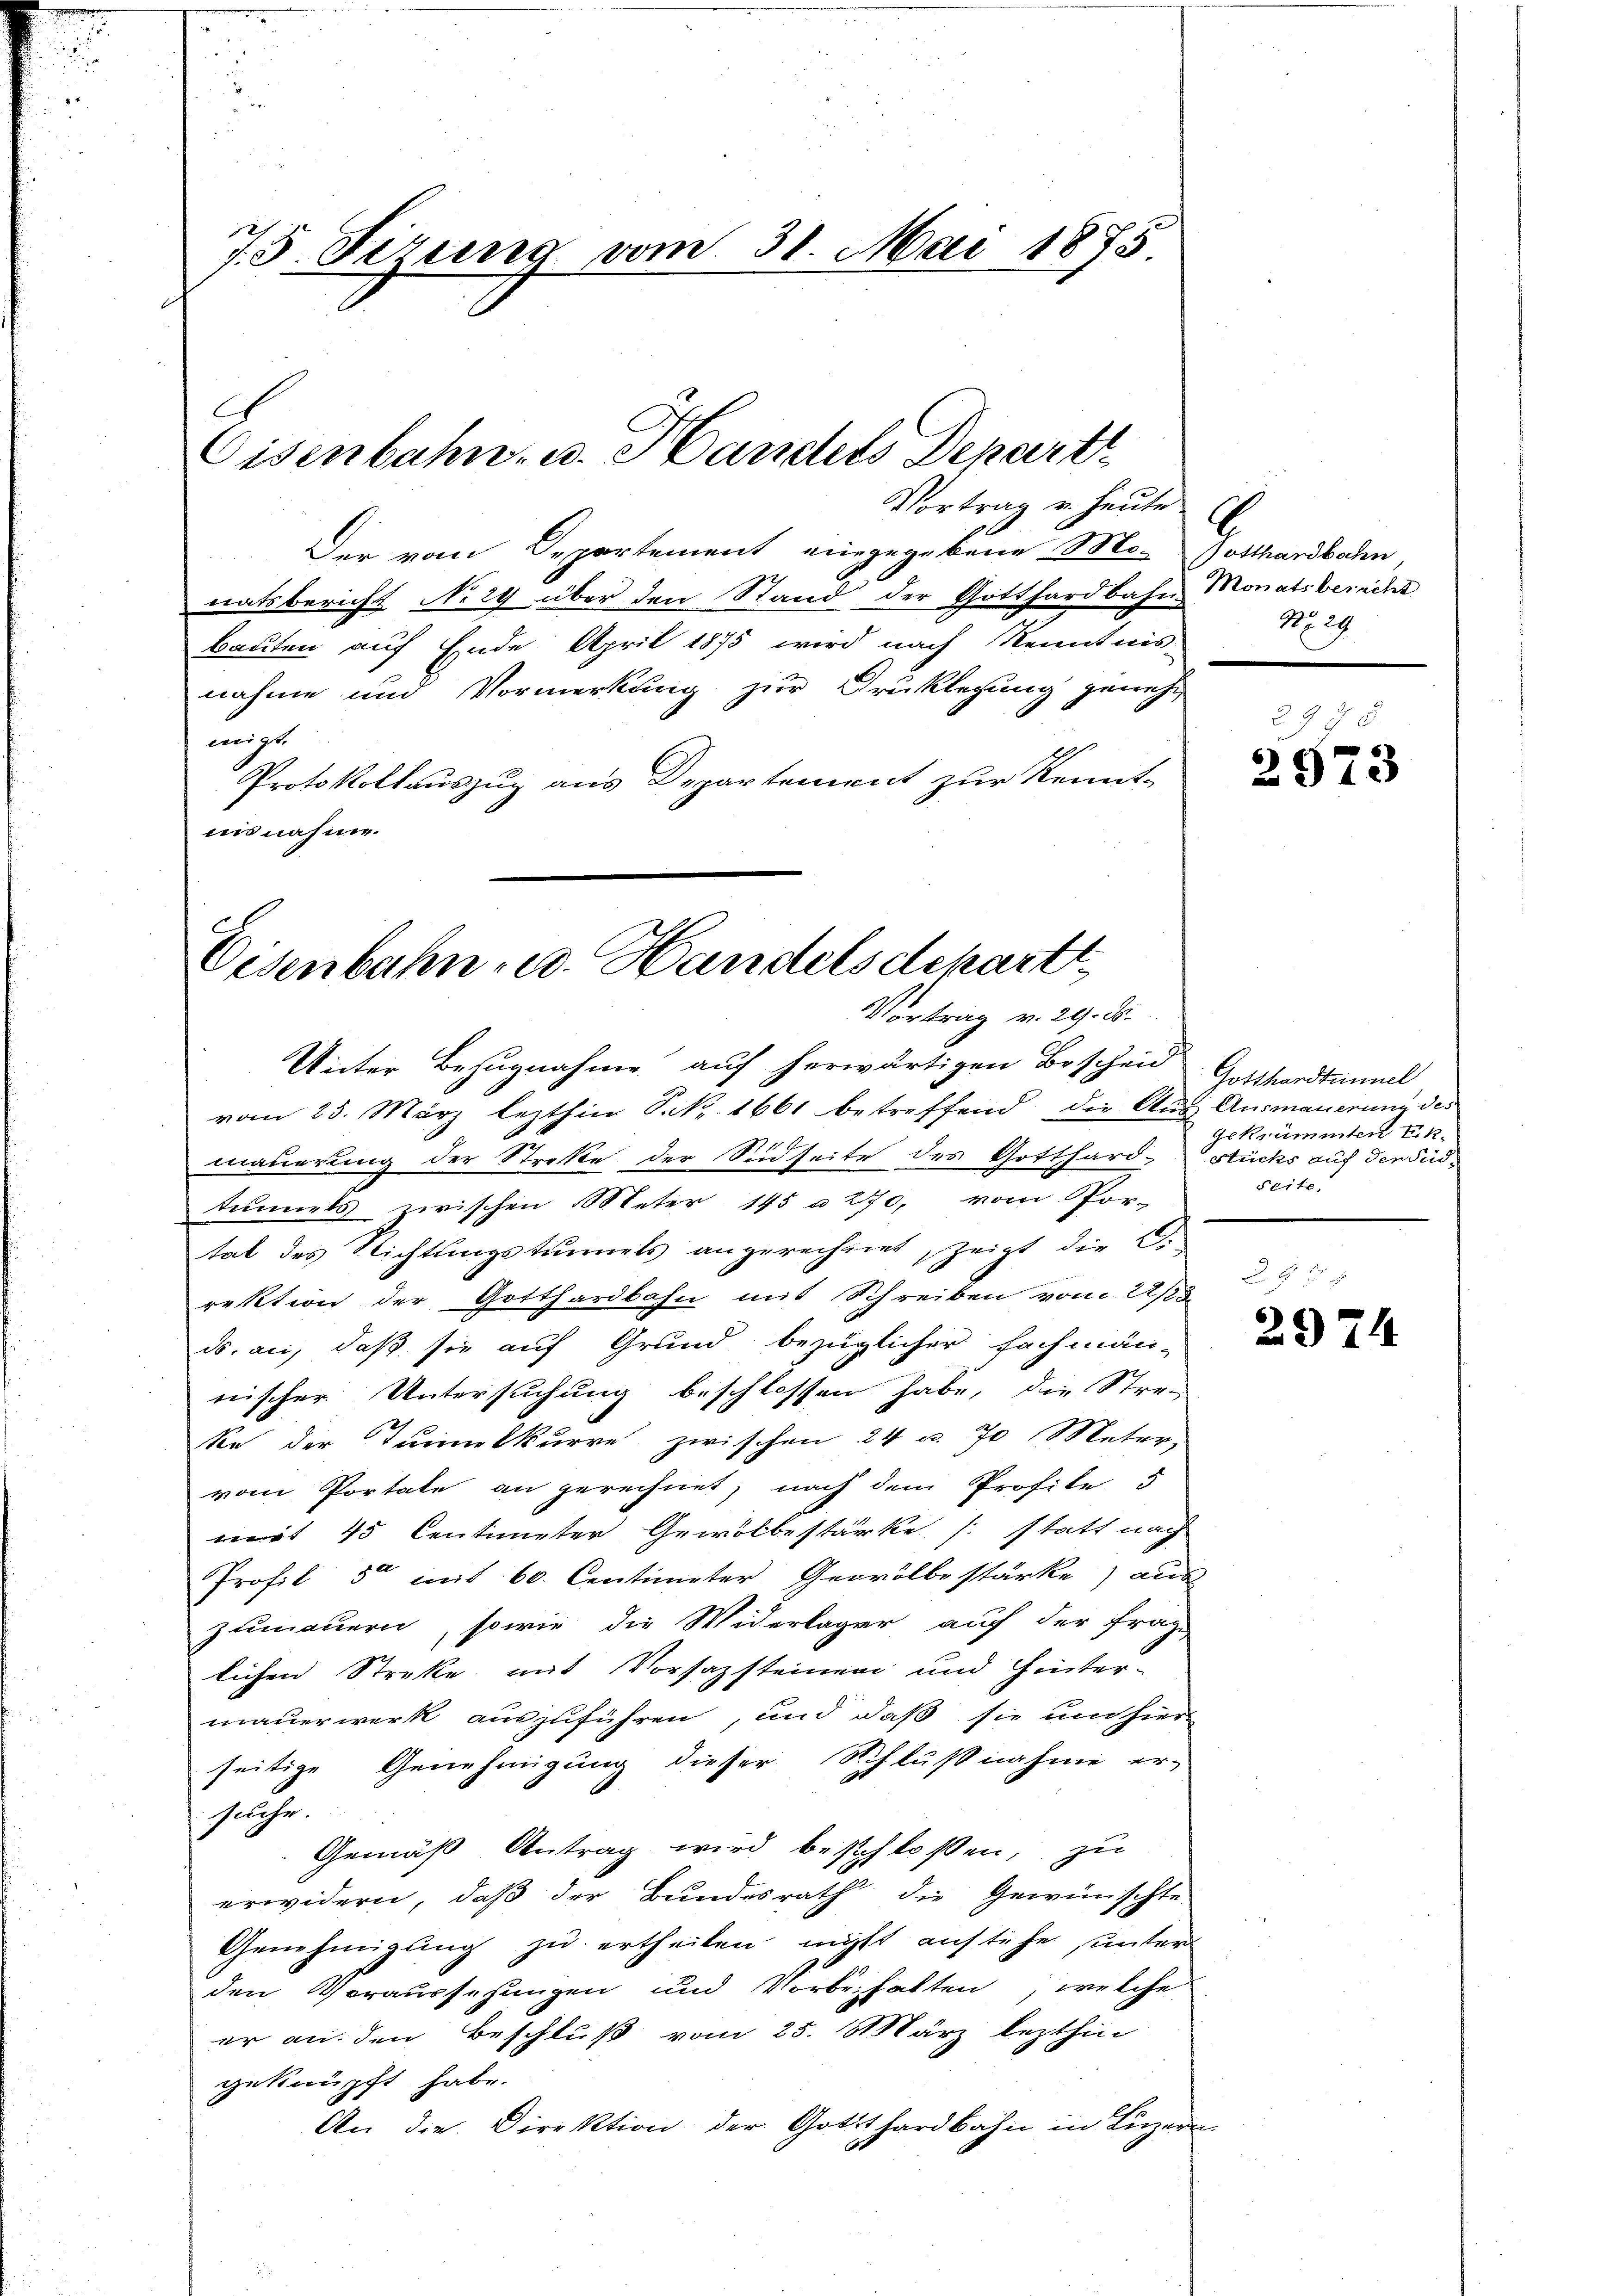
75 Firung vom 31. Mai 1875

Eisenbahn. v. Handels Depart

Vortrag u. heute
Der vom Departement eingegebene Mo-
Ratsbericht No 29 über den Stand der Gotthardbahn Monatsbericht
Bauten auf Ende April 1875 wird nach Kenntnis-
nahme und Vormerkung zur Druklegung geneh
migt
Protokollauszug aus Departement zur Kennt-
nisnahme.

Eisenbahn u. Handelsdekartt
Vortrag v. 29. d.
Unter Bezugnahme auf herwärtigen Bescheid Gotthardtunal,

Zotthardbahn,
No. 29.

vom 25. März lezthin S. Nr. 1661 betreffend die Aŭf Aŭsmaŭerŭng des
mauerung der Streke der Sidseite des Gotthard-Stücks auf den Süd-
tunnels zwischen Oeter 145 à 270, vom Por-
tat des Richtungstunnels angerechnet, zeigt die Ci
rektion der Gotthardbahn mit Schreiben vom 22/23.
ds. an, daß sie auf Grund bezüglicher Fachmän-
nischer Untersuchung beschlossen habe, die Stre-
ke der Teimelkurre zwischen 24 u. 70 Meter,
vom Portale an gerechnet, nach dem Profile 5
mert 45 Centimeter Gewölbestärke /: statt nach
Profil 5 mit 60. Centimeter Gewölbestärke) aus
Zumauern, sowie die Widerlager auf der Frage
lichen Streke mit Vorsazsteinen und Hinter-
mauerwerk auszuführen, und daß sie um hier
seitige Genehmigung dieser Schlußnahme er-
suche.
Gemäß Antrag wird beschloßen, zu
erwidern, daß der Bundesrath die Gewünschte
Genehmigung zu ertheilen, nichts anstehe unter
den Voraussehungen und Vorbehalten, welche
er an den Beschluß vom 25. März lezthin
geknüpft habe.
An die Direktion der Gotthardbahn in Luzern.

2973

Gekrummten Ik.
§ 61 f.

2974